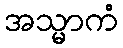
အသ္မာကံ